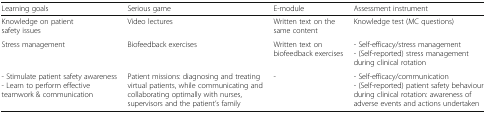
<table><thead><tr><td><b>Learning goals</b></td><td><b>Serious game</b></td><td><b>E-module</b></td><td><b>Assessment instrument</b></td></tr></thead><tbody><tr><td>Knowledge on patient safety issues</td><td>Video lectures</td><td>Written text on the same content</td><td>Knowledge test (MC questions)</td></tr><tr><td>Stress management</td><td>Biofeedback exercises</td><td>Written text on biofeedback exercises</td><td>- Self-efficacy/stress management- (Self-reported) stress management during clinical rotation</td></tr><tr><td>- Stimulate patient safety awareness- Learn to perform effective teamwork &amp; communication</td><td>Patient missions: diagnosing and treating virtual patients, while communicating and collaborating optimally with nurses, supervisors and the patient’s family</td><td>-</td><td>- Self-efficacy/communication- (Self-reported) patient safety behaviour during clinical rotation: awareness of adverse events and actions undertaken</td></tr></tbody></table>